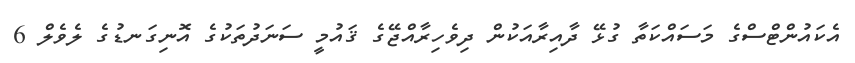
އެކައުންޓްސްގެ މަސައްކަތާ ގުޅޭ ދާއިރާއަކުން ދިވެހިރާއްޖޭގެ ޤައުމީ ސަނަދުތަކުގެ އޮނިގަނޑުގެ ލެވެލް 6